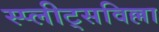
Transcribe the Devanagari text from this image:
स्प्लीट्सविल्ला